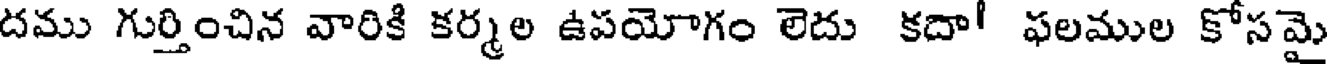
దము గుర్తించిన వారికి కర్మల ఉపయోగం లెదు కదా! ఫలముల కోసమై